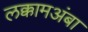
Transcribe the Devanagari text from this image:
लक्कामअंबा